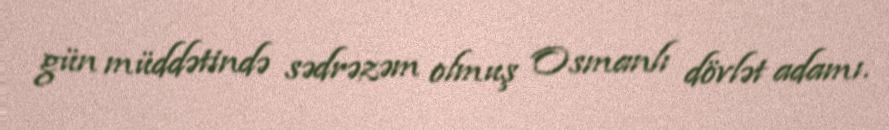
gün müddətində sədrəzəm olmuş Osmanlı dövlət adamı.